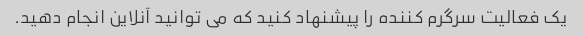
یک فعالیت سرگرم کننده را پیشنهاد کنید که می توانید آنلاین انجام دهید.